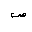
Letter: _sad